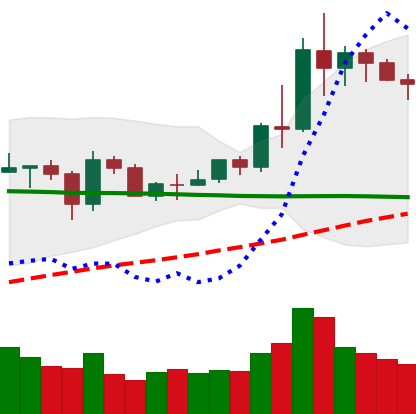
Ticker: NEO-USD
Chart end date: 2020-06-06
Forward return: -8.794%
Label: down_7plus